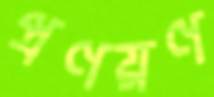
প্রণয়ণ